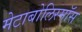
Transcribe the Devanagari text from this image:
मेटाबोलिस्मॉस